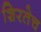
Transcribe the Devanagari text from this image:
शिरतेच